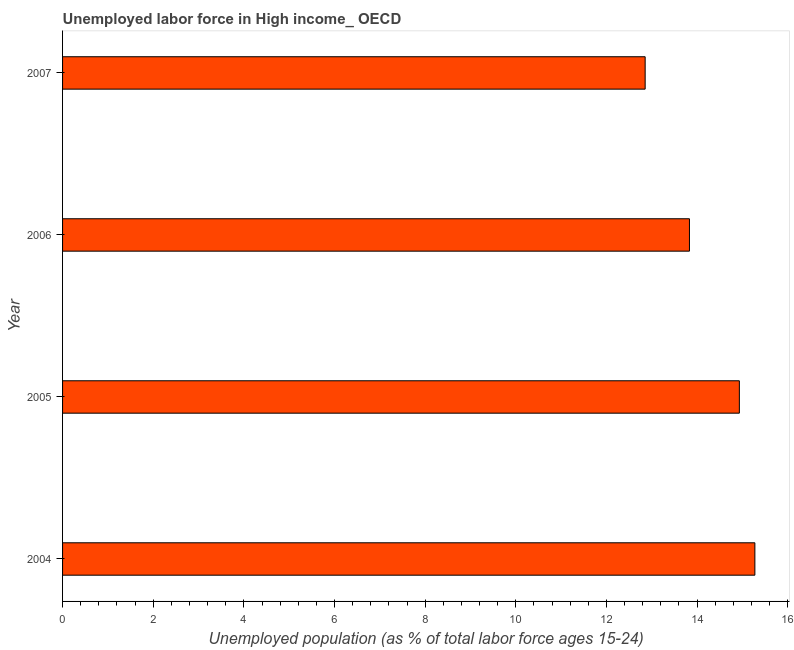
| Year | Unemployment |
 | --- | --- |
 | 2004 | 15.3 |
 | 2005 | 14.9 |
 | 2006 | 13.8 |
 | 2007 | 12.9 |